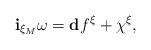
LaTeX: \begin{align*}\mathbf{i}_{\xi_M} \omega = \mathbf{d} f^ \xi + \chi^ \xi, \end{align*}